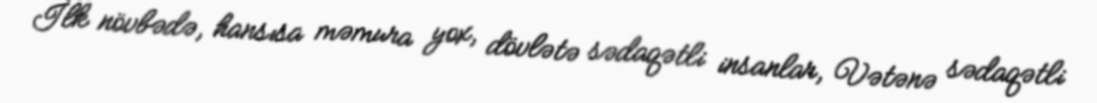
İlk növbədə, hansısa məmura yox, dövlətə sədaqətli insanlar, Vətənə sədaqətli